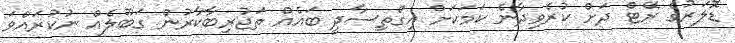
ޑޮލަރުގެ ރޭޓް ދަށް ކުރެވިދާނެ ކަމަކަށް އިގްތިސާދީ ބައެއް ތަޖުރިބާކާރުން ގަބޫލެއް ނުކުރައްވަ